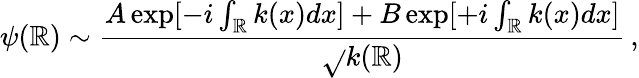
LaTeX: \psi(\mathbb{R})\sim\frac{{A\exp[-i\int_{\mathbb{R}}k(x)dx]+B\exp[+i\int_{\mathbb{R}}k(x)dx]}}{{\sqrt{}{{k(\mathbb{R})}}}}\, ,